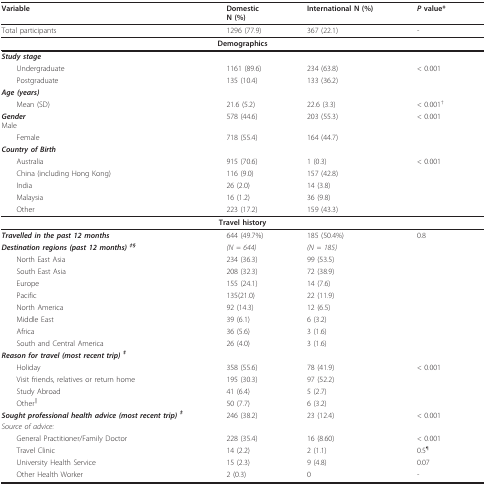
<table><thead><tr><td><b>Variable</b></td><td><b>DomesticN (%)</b></td><td><b>International N (%)</b></td><td><b><i>P </i>value*</b></td></tr></thead><tbody><tr><td>Total participants</td><td>1296 (77.9)</td><td>367 (22.1)</td><td>-</td></tr><tr><td colspan="4"><b>Demographics</b></td></tr><tr><td><b><i>Study stage</i></b></td><td>[EMPTY_CELL]</td><td>[EMPTY_CELL]</td><td>[EMPTY_CELL]</td></tr><tr><td> Undergraduate</td><td>1161 (89.6)</td><td>234 (63.8)</td><td>&lt; 0.001</td></tr><tr><td> Postgraduate</td><td>135 (10.4)</td><td>133 (36.2)</td><td>[EMPTY_CELL]</td></tr><tr><td><b><i>Age (years)</i></b></td><td>[EMPTY_CELL]</td><td>[EMPTY_CELL]</td><td>[EMPTY_CELL]</td></tr><tr><td> Mean (SD)</td><td>21.6 (5.2)</td><td>22.6 (3.3)</td><td>&lt; 0.001<sup>†</sup></td></tr><tr><td><b><i>Gender</i></b>Male</td><td>578 (44.6)</td><td>203 (55.3)</td><td>&lt; 0.001</td></tr><tr><td> Female</td><td>718 (55.4)</td><td>164 (44.7)</td><td>[EMPTY_CELL]</td></tr><tr><td><b><i>Country of Birth</i></b></td><td>[EMPTY_CELL]</td><td>[EMPTY_CELL]</td><td>[EMPTY_CELL]</td></tr><tr><td> Australia</td><td>915 (70.6)</td><td>1 (0.3)</td><td>&lt; 0.001</td></tr><tr><td> China (including Hong Kong)</td><td>116 (9.0)</td><td>157 (42.8)</td><td>[EMPTY_CELL]</td></tr><tr><td> India</td><td>26 (2.0)</td><td>14 (3.8)</td><td>[EMPTY_CELL]</td></tr><tr><td> Malaysia</td><td>16 (1.2)</td><td>36 (9.8)</td><td>[EMPTY_CELL]</td></tr><tr><td> Other</td><td>223 (17.2)</td><td>159 (43.3)</td><td>[EMPTY_CELL]</td></tr><tr><td colspan="4"><b>Travel history</b></td></tr><tr><td><b><i>Travelled in the past 12 months</i></b></td><td>644 (49.7%)</td><td>185 (50.4%)</td><td>0.8</td></tr><tr><td><b><i>Destination regions (past 12 months) <sup>‡§</sup></i></b></td><td><i>(N = 644)</i></td><td><i>(N = 185)</i></td><td>[EMPTY_CELL]</td></tr><tr><td> North East Asia</td><td>234 (36.3)</td><td>99 (53.5)</td><td>[EMPTY_CELL]</td></tr><tr><td> South East Asia</td><td>208 (32.3)</td><td>72 (38.9)</td><td>[EMPTY_CELL]</td></tr><tr><td> Europe</td><td>155 (24.1)</td><td>14 (7.6)</td><td>[EMPTY_CELL]</td></tr><tr><td> Pacific</td><td>135(21.0)</td><td>22 (11.9)</td><td>[EMPTY_CELL]</td></tr><tr><td> North America</td><td>92 (14.3)</td><td>12 (6.5)</td><td>[EMPTY_CELL]</td></tr><tr><td> Middle East</td><td>39 (6.1)</td><td>6 (3.2)</td><td>[EMPTY_CELL]</td></tr><tr><td> Africa</td><td>36 (5.6)</td><td>3 (1.6)</td><td>[EMPTY_CELL]</td></tr><tr><td> South and Central America</td><td>26 (4.0)</td><td>3 (1.6)</td><td>[EMPTY_CELL]</td></tr><tr><td><b><i>Reason for travel (most recent trip) <sup>‡</sup></i></b></td><td>[EMPTY_CELL]</td><td>[EMPTY_CELL]</td><td>[EMPTY_CELL]</td></tr><tr><td> Holiday</td><td>358 (55.6)</td><td>78 (41.9)</td><td>&lt; 0.001</td></tr><tr><td> Visit friends, relatives or return home</td><td>195 (30.3)</td><td>97 (52.2)</td><td>[EMPTY_CELL]</td></tr><tr><td> Study Abroad</td><td>41 (6.4)</td><td>5 (2.7)</td><td>[EMPTY_CELL]</td></tr><tr><td> Other<sup>||</sup></td><td>50 (7.7)</td><td>6 (3.2)</td><td>[EMPTY_CELL]</td></tr><tr><td><b><i>Sought professional health advice (most recent trip) <sup>‡</sup></i></b></td><td>246 (38.2)</td><td>23 (12.4)</td><td>&lt; 0.001</td></tr><tr><td><i>Source of advice:</i></td><td>[EMPTY_CELL]</td><td>[EMPTY_CELL]</td><td>[EMPTY_CELL]</td></tr><tr><td> General Practitioner/Family Doctor</td><td>228 (35.4)</td><td>16 (8.60)</td><td>&lt; 0.001</td></tr><tr><td> Travel Clinic</td><td>14 (2.2)</td><td>2 (1.1)</td><td>0.5<sup>¶</sup></td></tr><tr><td> University Health Service</td><td>15 (2.3)</td><td>9 (4.8)</td><td>0.07</td></tr><tr><td> Other Health Worker</td><td>2 (0.3)</td><td>0</td><td>-</td></tr></tbody></table>